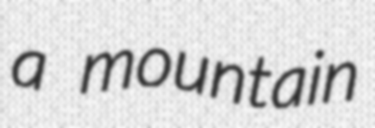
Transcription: a mountain